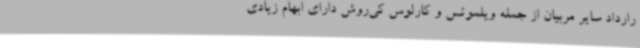
رارداد سایر مربیان از جمله ویلموتس و کارلوس کی‌روش دارای ابهام زیادی